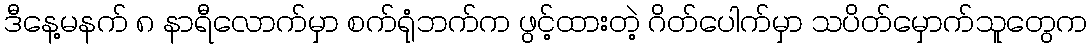
ဒီနေ့မနက် ၈ နာရီလောက်မှာ စက်ရုံဘက်က ဖွင့်ထားတဲ့ ဂိတ်ပေါက်မှာ သပိတ်မှောက်သူတွေက